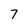
Character: 7